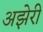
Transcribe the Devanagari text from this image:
अझेरी